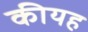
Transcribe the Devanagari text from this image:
कीयह